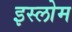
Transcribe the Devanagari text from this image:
इस्लोम